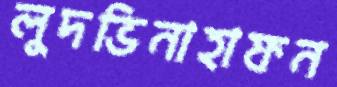
লুদভিনাহাফন